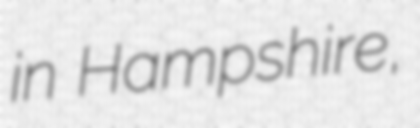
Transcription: in Hampshire,